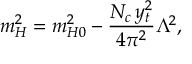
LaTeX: m _ { H } ^ { 2 } = m _ { H 0 } ^ { 2 } - { \frac { N _ { c } \, y _ { t } ^ { 2 } } { 4 \pi ^ { 2 } } } \Lambda ^ { 2 } ,